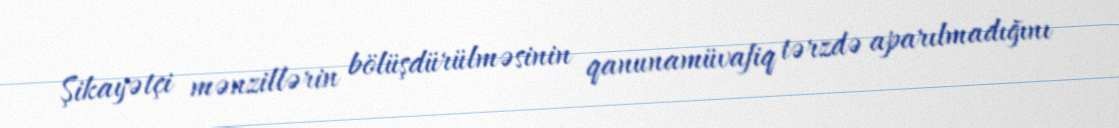
Şikayətçi mənzillərin bölüşdürülməsinin qanunamüvafiq tərzdə aparılmadığını